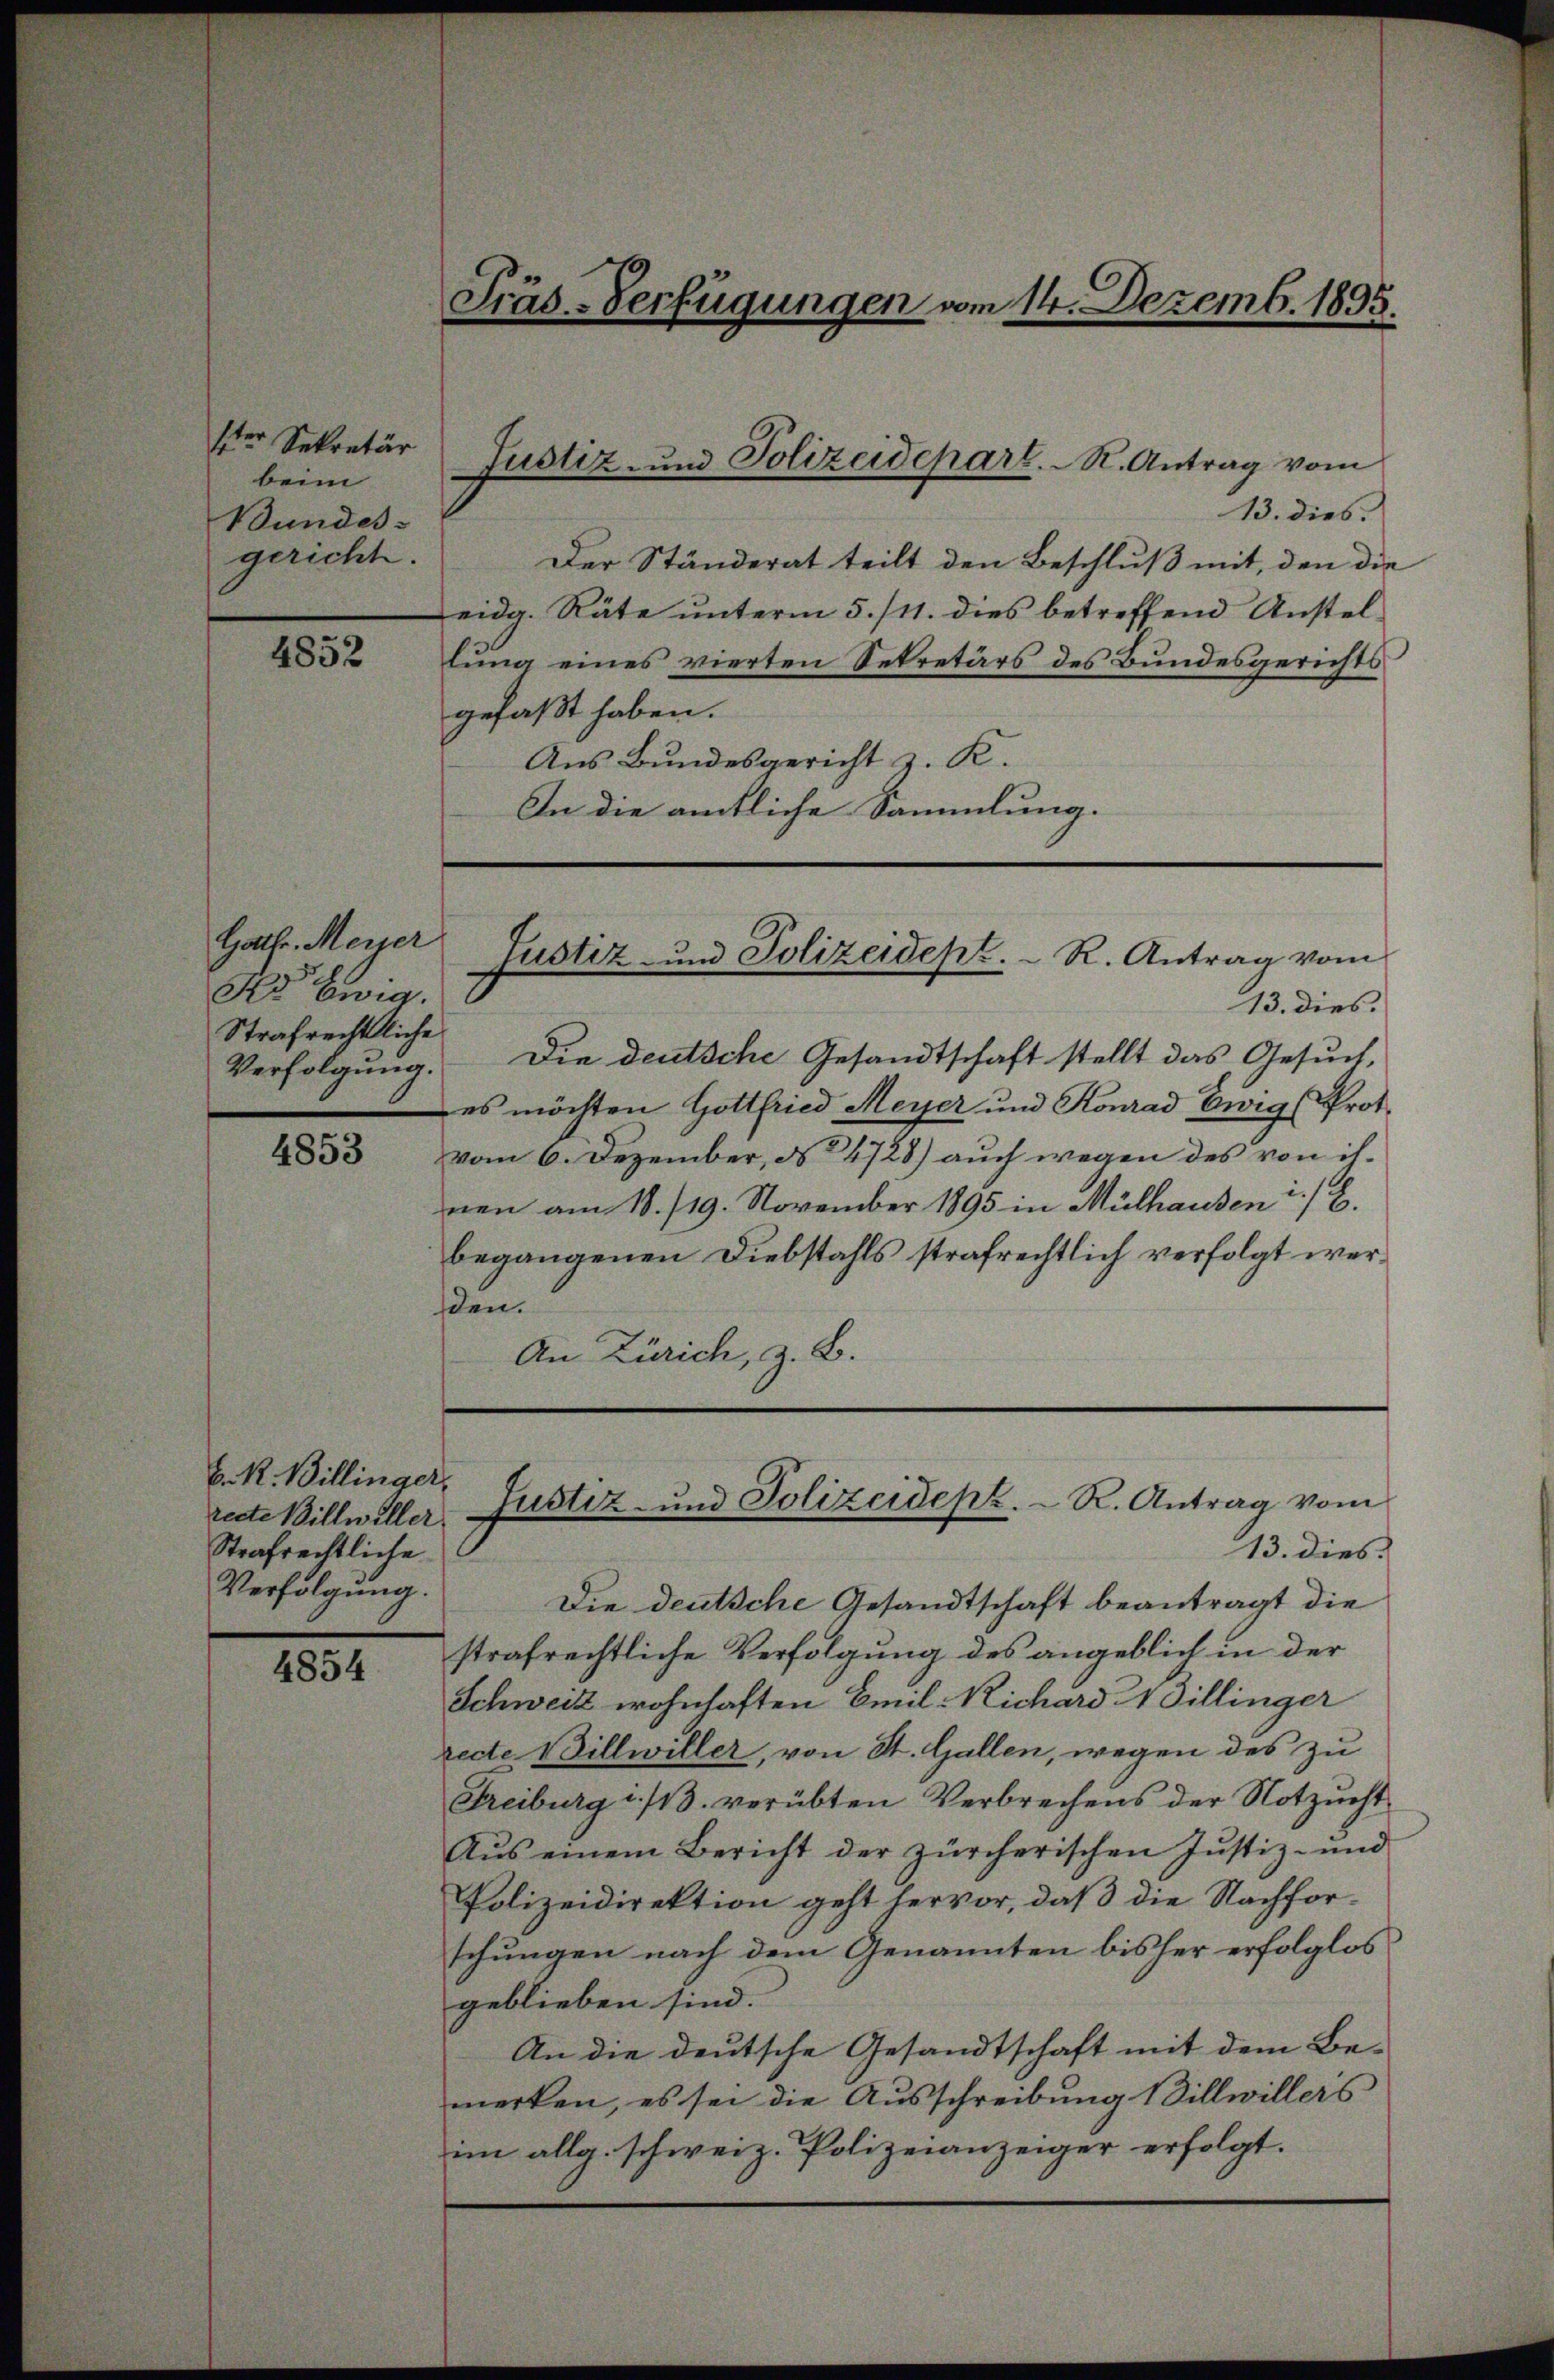
ster Sekretär
beim
Bundes-
gericht.

4852

Hathe. Meier
Se Ewig.
Strafrechtliche

4853

b. R. Billinger,
Strafrechtliche
Verfolgung.

4854

13. dies.
Der Ständerat teilt den Beschluß mit, den die
eidg. Räte unterm 5./11. dies betreffend Anstellung eines vierten Sekretärs des Bundesgerichts
gefaßt haben.
Aus Bundesgericht z. K.
In die amtliche Sammlung.

Präs-Verfügungen vom 14. Dezemb. 1895.

Justiz- und Polizeidepart. R. Antrag vom

13. dies.
Verfolgŭng. Die deutsche Gesandtschaft stellt das Gesŭch,
es möchten Gottfried Meyer und Konrad Ewig (Prot.
vom 6. Dezember, No 4728) auch wegen des von ihnen am 18./19. November 1895 in Mülhausen :/ E.
begangenen Diebstahls strafrechtlich verfolgt wersen.
An Zürich, z. B.

Justiz und Polizeidept. R. Antrag vom

recte Billwiller-Justiz- und Polizeideph. R. Antrag vom
13. dies

Die deutsche Gesandtschaft beantragt die
strafrechtliche Verfolgung des angeblich in der
Schweiz wohnhaften Emil Richard 4 Dillinger
recte Billwiller, von St. Gallen, wegen des zu
Freiburg i./13. verübten Verbrechens der Notzŭcht
Aus einem Bericht der zürcherischen Justiz- und
Polizeidirektion geht hervor, daß die Nachforschungen nach dem Genannten bisher erfolglos
geblieben sind. |
An die deutsche Gesandtschaft mit dem Be-
merken, es sei die Ausschreibung Billwillers
im allg. schweiz. Polizeianzeiger erfolgt.